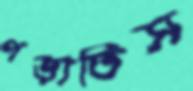
পড়াতিস